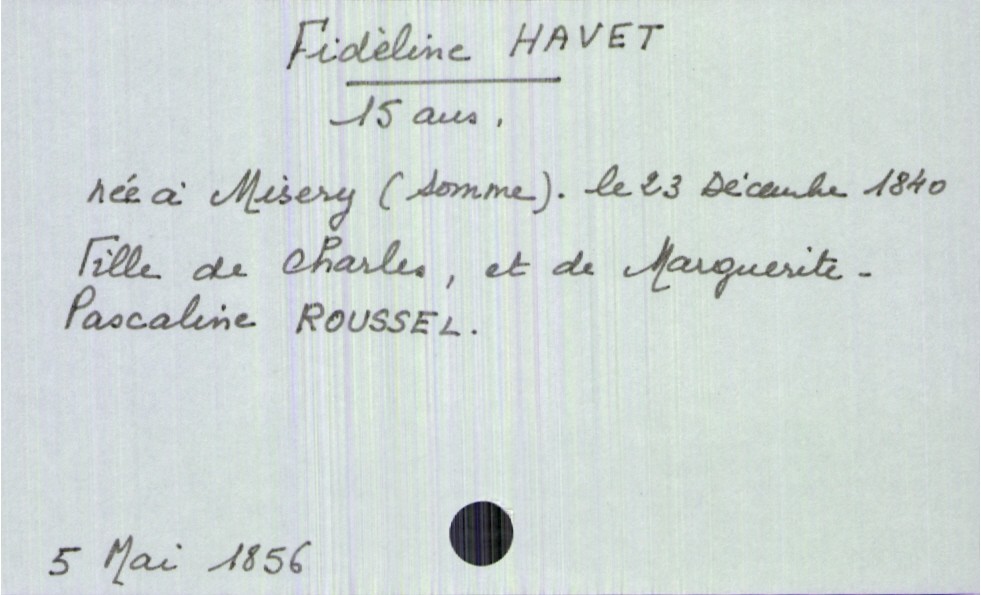
type_acte: Décès
année: 1856
mois: mai
jour: 5
défunt_nom: Havet
défunt_prénom: Fidèline
défunt_sexe: F
défunt_âge: 15 ans
défunt_date_de_naissance: 23 décembre 1840
défunt_lieu_de_naissance: Misery (Somme)
père_défunt_nom: Havet
père_défunt_prénom: Charles
mère_défunt_nom: Roussel
mère_défunt_prénom: Marguerite-Pascaline